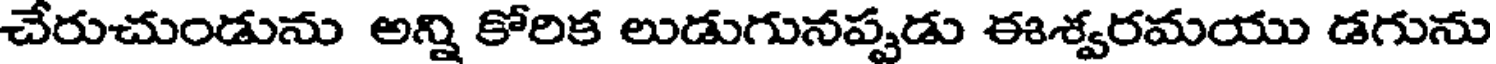
చేరుచుండును అన్ని కోరిక లుడుగునప్పుడు ఈశ్వరమయు డగును